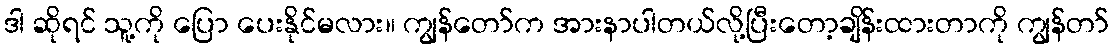
ဒါ ဆိုရင် သူ့ကို ပြော ပေးနိုင်မလား။ ကျွန်တော်က အားနာပါတယ်လို့ပြီးတော့ချိန်းထားတာကို ကျွန်တာ်